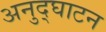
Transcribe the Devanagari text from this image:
अनुद्घाटन